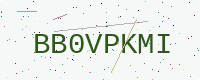
Text: BB0VPKMI